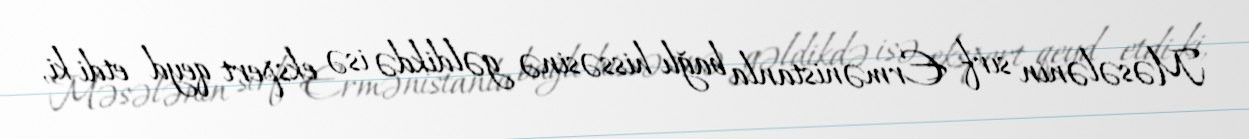
Məsələnin sırf Ermənistanla bağlı hissəsinə gəldikdə isə ekspert qeyd etdi ki,